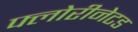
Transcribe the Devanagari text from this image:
फ्लोरीनेटड